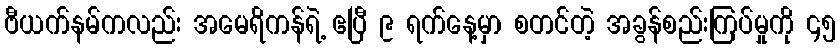
ဗီယက်နမ်ကလည်း အမေရိကန်ရဲ့ ဧပြီ ၉ ရက်နေ့မှာ စတင်တဲ့ အခွန်စည်းကြပ်မှုကို ၄၅